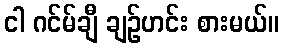
ငါ ဂင်မ်ချီ ချဉ်ဟင်း စားမယ်။